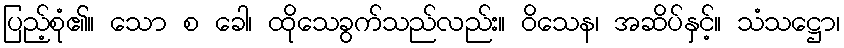
ပြည့်စုံ၏။ သော စ ခေါ၊ ထိုသေခွက်သည်လည်း။ ဝိသေန၊ အဆိပ်နှင့်။ သံသဋ္ဌော၊